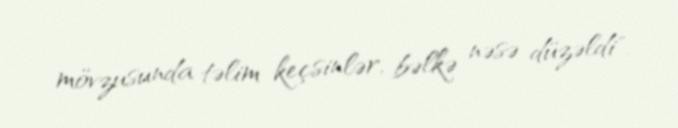
mövzusunda təlim keçsinlər, bəlkə nəsə düzəldi".